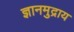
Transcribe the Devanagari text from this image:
ज्ञानमुद्राय